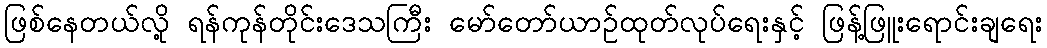
ဖြစ်နေတယ်လို့ ရန်ကုန်တိုင်းဒေသကြီး မော်တော်ယာဉ်ထုတ်လုပ်ရေးနှင့် ဖြန့်ဖြူးရောင်းချရေး